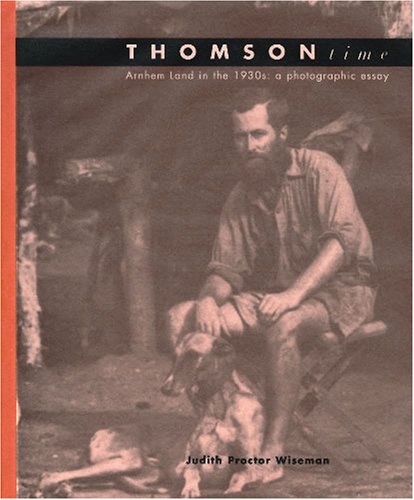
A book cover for Thomson Time: Arnhem Land in the 1930s----A Photographic Essay; Judith Proctor Wiseman; History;